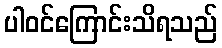
ပါဝင်ကြောင်းသိရသည်